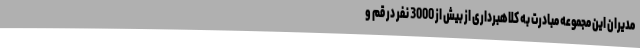
مدیران این مجموعه مبادرت به کلاهبرداری از بیش از 3000 نفر در قم و